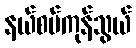
နယ်စပ်ကုန်သွယ်